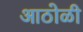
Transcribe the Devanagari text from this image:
आठोळी